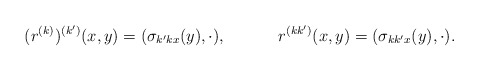
\begin{align*}(r^{(k)})^{(k')} (x,y) &= (\sigma_{k'kx}(y),\cdot),& r^{(kk')}(x,y)&= (\sigma_{kk'x}(y),\cdot).\end{align*}